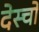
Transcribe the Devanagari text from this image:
देस्चों